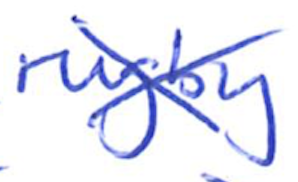
Text: rugby
Cross-out: cross
Writing tool: ballpoint